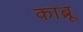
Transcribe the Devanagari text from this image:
काब्रू